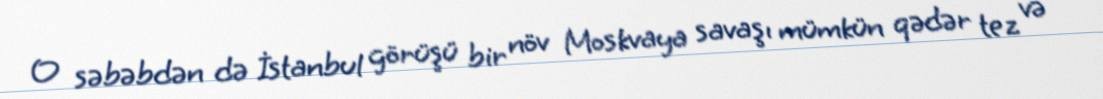
O səbəbdən də İstanbul görüşü bir növ Moskvaya savaşı mümkün qədər tez və